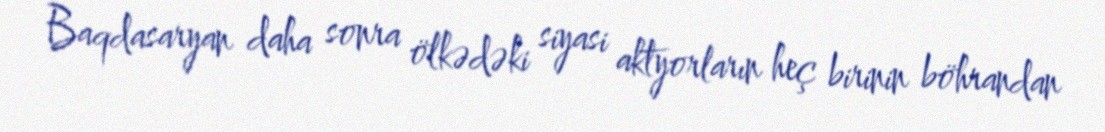
Baqdasaryan daha sonra ölkədəki siyasi aktyorların heç birinin böhrandan